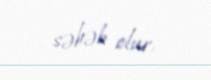
səbəb olur.